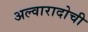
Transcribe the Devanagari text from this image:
अल्वारादोची